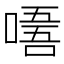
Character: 𠼘